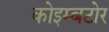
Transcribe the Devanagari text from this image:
कोइम्बटोर